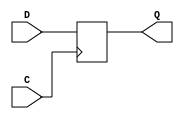
(* abc9_flop, lib_whitebox *)
module dff(
    output reg Q,
    input D,
    (* clkbuf_sink *)
    (* invertible_pin = "IS_C_INVERTED" *)
    input C
);
    parameter [0:0] INIT = 1'b0;
    parameter [0:0] IS_C_INVERTED = 1'b0;
    initial Q = INIT;
    case(|IS_C_INVERTED)
          1'b0:
            always @(posedge C)
                Q <= D;
          1'b1:
            always @(negedge C)
                Q <= D;
    endcase
endmodule

(* abc9_flop, lib_whitebox *)
module dffr(
    output reg Q,
    input D,
    input R,
    (* clkbuf_sink *)
    (* invertible_pin = "IS_C_INVERTED" *)
    input C
);
    parameter [0:0] INIT = 1'b0;
    parameter [0:0] IS_C_INVERTED = 1'b0;
    initial Q = INIT;
    case(|IS_C_INVERTED)
          1'b0:
            always @(posedge C or posedge R)
                if (R == 1'b1)
                        Q <= 1'b0;
                else
                        Q <= D;
          1'b1:
            always @(negedge C or posedge R)
                if (R == 1'b1)
                        Q <= 1'b0;
                else
                        Q <= D;
    endcase
endmodule

(* abc9_flop, lib_whitebox *)
module dffnr(
    output reg Q,
    input D,
    input R,
    (* clkbuf_sink *)
    (* invertible_pin = "IS_C_INVERTED" *)
    input CN
);
    parameter [0:0] INIT = 1'b0;
    parameter [0:0] IS_C_INVERTED = 1'b0;
    initial Q = INIT;
    case(|IS_C_INVERTED)
          1'b0:
            always @(posedge CN or posedge R)
                if (R == 1'b1)
                        Q <= 1'b0;
                else
                        Q <= D;
          1'b1:
            always @(negedge CN or posedge R)
                if (R == 1'b1)
                        Q <= 1'b0;
                else
                        Q <= D;
    endcase
endmodule

(* abc9_flop, lib_whitebox *)
module dffre(
    output reg Q,
    input D,
    input R,
    input E,
    (* clkbuf_sink *)
    (* invertible_pin = "IS_C_INVERTED" *)
    input C
);
    parameter [0:0] INIT = 1'b0;
    parameter [0:0] IS_C_INVERTED = 1'b0;
    initial Q = INIT;
    case(|IS_C_INVERTED)
          1'b0:
            always @(posedge C or posedge R)
              if (R == 1'b1)
                Q <= 1'b0;
              else if(E)
                Q <= D;
          1'b1:
            always @(negedge C or posedge R)
              if (R == 1'b1)
                Q <= 1'b0;
              else if(E)
                Q <= D;
        endcase
endmodule

//-----------------------------
// D-type flip-flop with active-low asynchronous reset
//-----------------------------
(* abc9_flop, lib_whitebox *)
module dffrn(
    output reg Q,
    input D,
    input RN,
    (* clkbuf_sink *)
    (* invertible_pin = "IS_C_INVERTED" *)
    input C
);
    parameter [0:0] INIT = 1'b0;
    parameter [0:0] IS_C_INVERTED = 1'b0;
    initial Q = INIT;
    case(|IS_C_INVERTED)
          1'b0:
            always @(posedge C or negedge RN)
                if (RN == 1'b0)
                        Q <= 1'b0;
                else
                        Q <= D;
          1'b1:
            always @(negedge C or negedge RN)
                if (RN == 1'b0)
                        Q <= 1'b0;
                else
                        Q <= D;
    endcase
endmodule

(* abc9_flop, lib_whitebox *)
module latchre (
    output reg Q,
    input S,
    input R,
    input D,
    input G,
    input E
);
    parameter [0:0] INIT = 1'b0;
    initial Q = INIT;
    always @*
            begin
              if (R) Q <= 1'b0;
              if (S) Q <= 1'b1;
            else if (E && G) Q <= D;
    end
endmodule